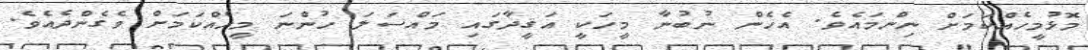
މޮޅުމީހެއްކަމަށް ނިންމައެވެ. އެހެން ނުބުނާ މީހަކީ އަޤީދާގައި މައްސަލަ ހުންނަ މީހެއްކަމަށް ވެގެންދެއެވެ.